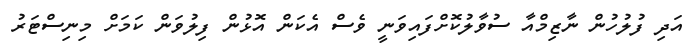
އަދި ފުލުހުން ނާޒިމްއާ ސުވާލުކޮށްފައިވަނީ ވެސް އެކަން އޮޅުން ފިލުވަން ކަމަށް މިނިސްޓަރު